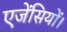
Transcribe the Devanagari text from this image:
एजेंसियों।